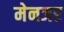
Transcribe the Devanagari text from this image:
मेनजर